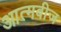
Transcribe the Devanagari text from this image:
आत्मबीज